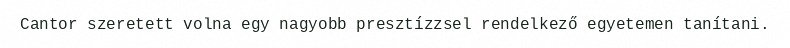
Cantor szeretett volna egy nagyobb presztízzsel rendelkező egyetemen tanítani.